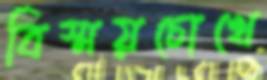
বিস্ময়চোখে